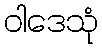
ဝါဒေသုံ